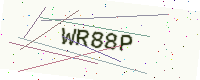
Text: WR88P